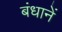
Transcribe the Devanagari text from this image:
बंधानें